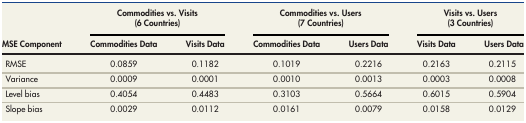
<table><thead><tr><td rowspan="2"><b>MSE Component</b></td><td colspan="2"><b>Commodities vs. Visits (6 Countries)</b></td><td colspan="2"><b>Commodities vs. Users (7 Countries)</b></td><td colspan="2"><b>Visits vs. Users (3 Countries)</b></td></tr><tr><td><b>Commodities Data</b></td><td><b>Visits Data</b></td><td><b>Commodities Data</b></td><td><b>Users Data</b></td><td><b>Visits Data</b></td><td><b>Users Data</b></td></tr></thead><tbody><tr><td>RMSE</td><td>0.0859</td><td>0.1182</td><td>0.1019</td><td>0.2216</td><td>0.2163</td><td>0.2115</td></tr><tr><td>Variance</td><td>0.0009</td><td>0.0001</td><td>0.0010</td><td>0.0013</td><td>0.0003</td><td>0.0008</td></tr><tr><td>Level bias</td><td>0.4054</td><td>0.4483</td><td>0.3103</td><td>0.5664</td><td>0.6015</td><td>0.5904</td></tr><tr><td>Slope bias</td><td>0.0029</td><td>0.0112</td><td>0.0161</td><td>0.0079</td><td>0.0158</td><td>0.0129</td></tr></tbody></table>